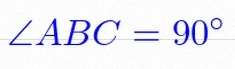
\angle ABC=90^\circ